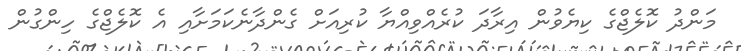
މަންދު ކޮލެޖްގެ ކިޔެވުން އިރާދަ ކުރެއްވިއްޔާ ކުރިއަށް ގެންދާނެކަމަށާއި އެ ކޮލެޖްގެ ހިންގުން